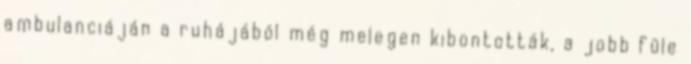
ambulanciáján a ruhájából még melegen kibontották, a jobb füle